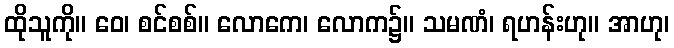
ထိုသူကို။ ဝေ၊ စင်စစ်။ လောကေ၊ လောက၌။ သမဏံ၊ ရဟန်းဟု။ အာဟု၊